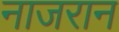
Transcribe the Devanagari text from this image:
नाजरान